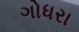
ગોધરા